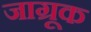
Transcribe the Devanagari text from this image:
जाग्रूक